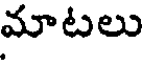
మాటలు